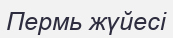
Пермь жүйесі